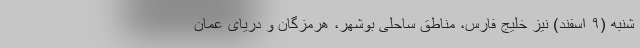
شنبه (۹ اسفند) نیز خلیج فارس، مناطق ساحلی بوشهر، هرمزگان و دریای عمان